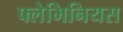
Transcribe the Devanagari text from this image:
फ्लेमिनियस